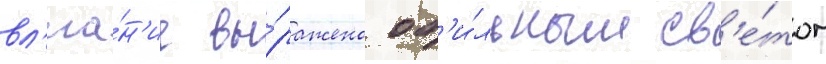
вл'иа́н'ие вы́ражено об'и́льным св'е́том